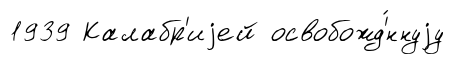
1939 Калабр'иjей освобожд'́ннуjу